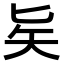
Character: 𠤕